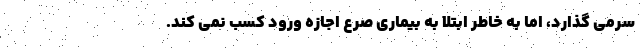
سرمی گذارد، اما به خاطر ابتلا به بیماری صرع اجازه ورود کسب نمی کند.